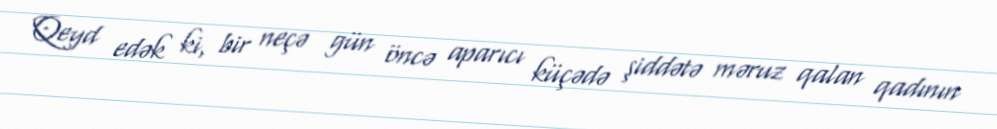
Qeyd edək ki, bir neçə gün öncə aparıcı küçədə şiddətə məruz qalan qadının